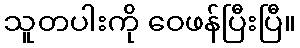
သူတပါးကို ဝေဖန်ပြီးပြီ။